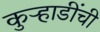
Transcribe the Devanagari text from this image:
कुऱ्हाडींची